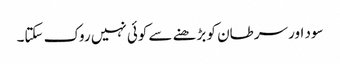
سود اور سرطان کو بڑھنے سے کوئی نہیں روک سکتا۔